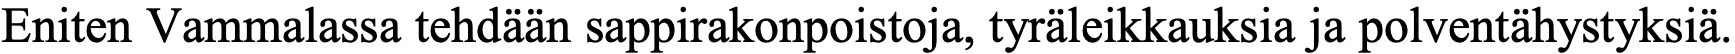
Eniten Vammalassa tehdään sappirakonpoistoja, tyräleikkauksia ja polventähystyksiä.